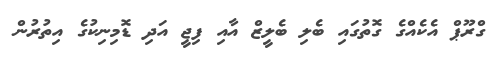
ގްރޫޕް އެކެއްގެ ގޮތުގައި ބެލި ބެލީޒް އާއި ފިޖީ އަދި ޑޮމިނިކުގެ އިތުރުން